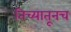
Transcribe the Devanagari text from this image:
तिच्यातूनच